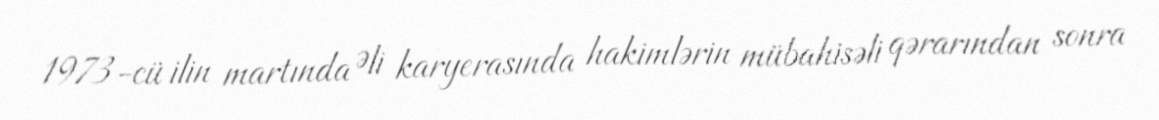
1973-cü ilin martında Əli karyerasında hakimlərin mübahisəli qərarından sonra